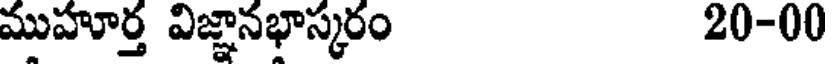
ముహూర్త విజ్ఞానభాస్కరం 20-00